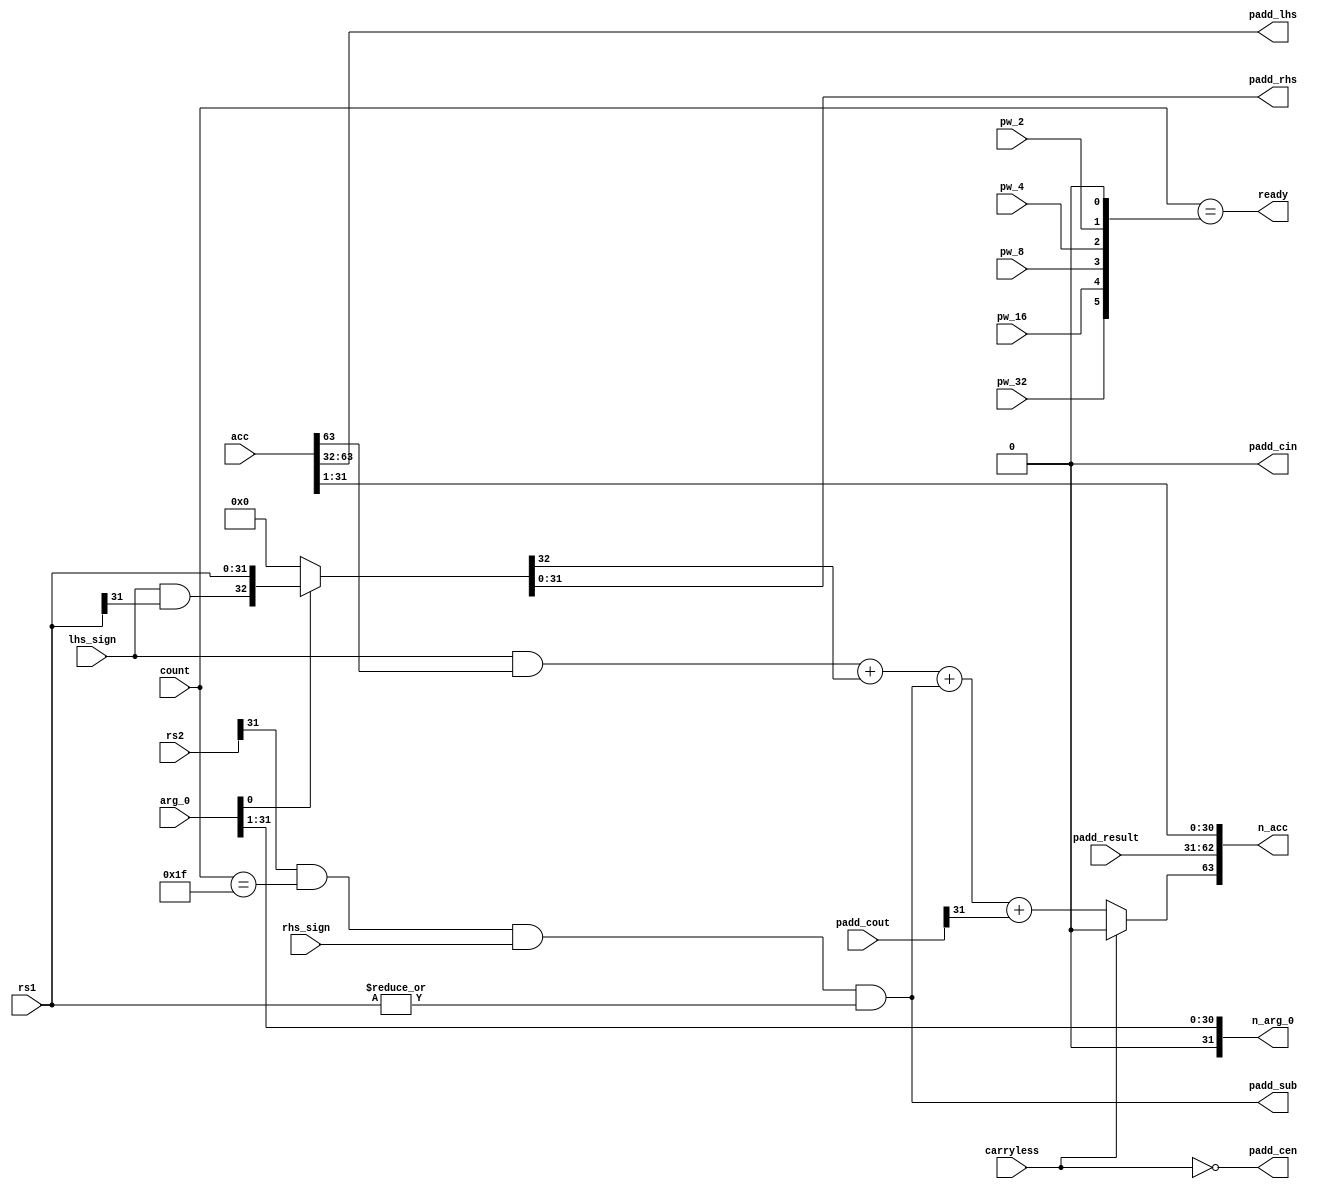

//
// Handles instructions:
//  - mul
//  - mulh
//  - mulhu
//  - mulhsu
//  - clmul
//  - clmulh
//
module xc_malu_mul (

input  wire [31:0]  rs1             ,
input  wire [31:0]  rs2             ,

input  wire [ 5:0]  count           ,
input  wire [63:0]  acc             ,
input  wire [31:0]  arg_0           ,

input  wire         carryless       ,

input  wire         pw_32           , // 32-bit width packed elements.
input  wire         pw_16           , // 16-bit width packed elements.
input  wire         pw_8            , //  8-bit width packed elements.
input  wire         pw_4            , //  4-bit width packed elements.
input  wire         pw_2            , //  2-bit width packed elements.

input  wire         lhs_sign        ,
input  wire         rhs_sign        ,

output wire [31:0]  padd_lhs        , // Packed adder left input
output wire [31:0]  padd_rhs        , // Packed adder right input
output wire         padd_sub        , // Packed adder subtract?
output wire         padd_cin        , // Packed adder carry in
output wire         padd_cen        , // Packed adder carry enable.

input  wire [32:0]  padd_cout       ,
input  wire [31:0]  padd_result     ,

output wire [63:0]  n_acc           ,
output wire [31:0]  n_arg_0         ,
output wire         ready           

);

assign ready             = count == {pw_32, pw_16, pw_8, pw_4, pw_2,1'b0};

wire          add_en     = arg_0[0];

wire          sub_last   = rs2[31] && count == 31 && rhs_sign && |rs1;

wire [32:0]   add_lhs    = {lhs_sign && acc[63], acc[63:32]};
wire [32:0]   add_rhs    = add_en ? {lhs_sign && rs1[31], rs1} : 0 ;

assign        padd_lhs   = add_lhs[31:0];
assign        padd_rhs   = add_rhs[31:0];
assign        padd_sub   = sub_last;

assign        padd_cin   = 1'b0;
assign        padd_cen   = !carryless;

wire          add_32     = carryless ? 1'b0 :
                           add_lhs[32] + 
                           add_rhs[32] +
                           sub_last    + padd_cout[31];

wire   [32:0] add_result = {add_32, padd_result};

assign n_acc             = {add_result, acc[31:1]};

assign n_arg_0           = {1'b0, arg_0[31:1]};

endmodule